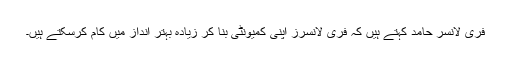
فری لانسر حامد کہتے ہیں کہ فری لانسرز اپنی کمیونٹی بنا کر زیادہ بہتر انداز میں کام کرسکتے ہیں۔